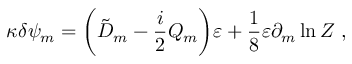
\kappa \delta \psi _ { m } = \biggl ( \tilde { D } _ { m } - { \frac { i } { 2 } } Q _ { m } \biggr ) \varepsilon + \frac { 1 } { 8 } \varepsilon \partial _ { m } \ln Z \ ,